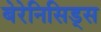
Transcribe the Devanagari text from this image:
बेरेनिसिड्स